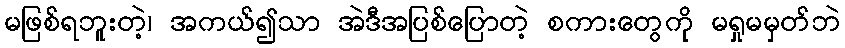
မဖြစ်ရဘူးတဲ့၊ အကယ်၍သာ အဲဒီအပြစ်ပြောတဲ့ စကားတွေကို မရှုမမှတ်ဘဲ